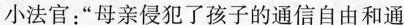
小法官：”母亲侵犯了孩子的通信自由和通